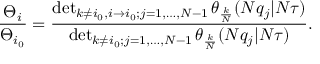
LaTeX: { \frac { \Theta _ { i } } { \Theta _ { i _ { 0 } } } } = { \frac { \operatorname * { d e t } _ { k \neq i _ { 0 } , i \to i _ { 0 } ; j = 1 , \dots , N - 1 } \theta _ { \frac { k } { N } } ( N q _ { j } | N \tau ) } { \operatorname * { d e t } _ { k \neq i _ { 0 } ; j = 1 , \dots , N - 1 } \theta _ { \frac { k } { N } } ( N q _ { j } | N \tau ) } } .